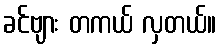
ခင်ဗျား တကယ် လှတယ်။